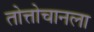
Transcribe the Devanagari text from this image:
तोत्तोचानला